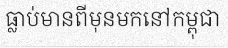
ធ្លាប់មានពីមុនមកនៅកម្ពុជា